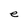
Character: e